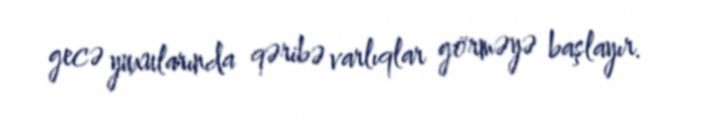
gecə yuxularında qəribə varlıqlar görməyə başlayır.